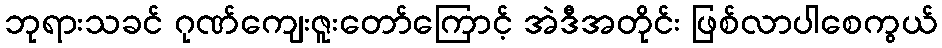
ဘုရားသခင် ဂုဏ်ကျေးဇူးတော်ကြောင့် အဲဒီအတိုင်း ဖြစ်လာပါစေကွယ်